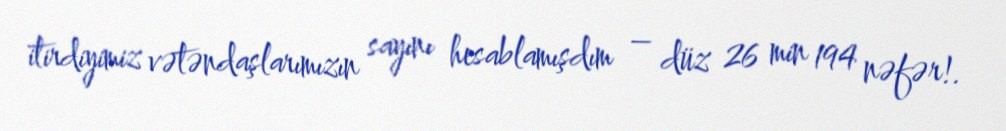
itirdiyimiz vətəndaşlarımızın sayını hesablamışdım – düz 26 min 194 nəfər!.